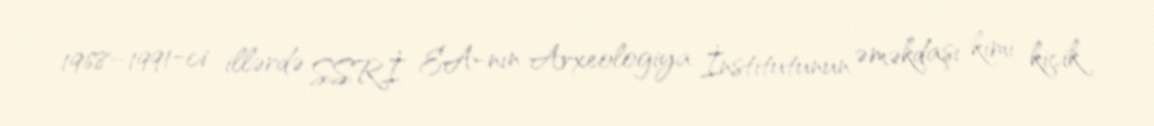
1968–1991-ci illərdə SSRİ EA-nın Arxeologiya İnstitutunun əməkdaşı kimi kiçik